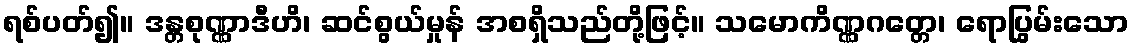
ရစ်ပတ်၍။ ဒန္တစုဏ္ဏာဒီဟိ၊ ဆင်စွယ်မှုန် အစရှိသည်တို့ဖြင့်။ သမောကိဏ္ဏဂတ္တေ၊ ရောပြွမ်းသော